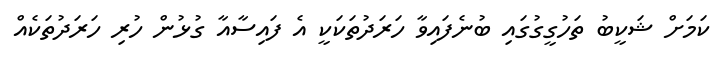
ކަމަށް ޝަކީބު ތަހުގީގުގައި ބުނެފައިވާ ހަރަދުތަކަކީ އެ ފައިސާއާ ގުޅުން ހުރި ހަރަދުތަކެއް